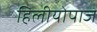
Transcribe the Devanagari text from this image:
हिलीयोपाज